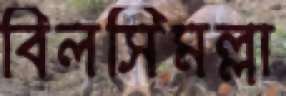
বিলসিমল্লা